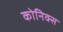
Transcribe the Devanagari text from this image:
कोनिक्स